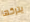
يتركها